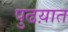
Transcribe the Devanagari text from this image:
पुढय़ात